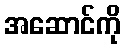
အဆောင်ကို